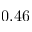
0 . 4 6